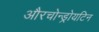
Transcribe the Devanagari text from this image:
औरचोन्ड्रोयटिन